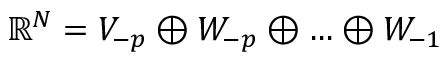
\mathbb { R } ^ { N } = V _ { - p } \oplus W _ { - p } \oplus \ldots \oplus W _ { - 1 }